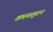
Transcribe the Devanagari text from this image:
शास्त्रशुदध